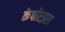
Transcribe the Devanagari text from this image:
केपोएइरा